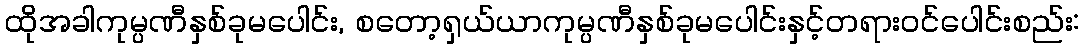
ထိုအခါကုမ္ပဏီနှစ်ခုမပေါင်း, စတော့ရှယ်ယာကုမ္ပဏီနှစ်ခုမပေါင်းနှင့်တရားဝင်ပေါင်းစည်း: